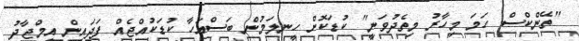
"ތޭންކްސް. ހަމަ މިހާރު މިތެދުވަނީ" ކުޑަކޮށް ހީނލަމުން ބަސްއަހާ ކުޑަކުއްޖެއް ފަދައިން އިމްޖާދު